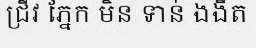
ជ្រីវ ភ្នែក មិន ទាន់ ងងឹត